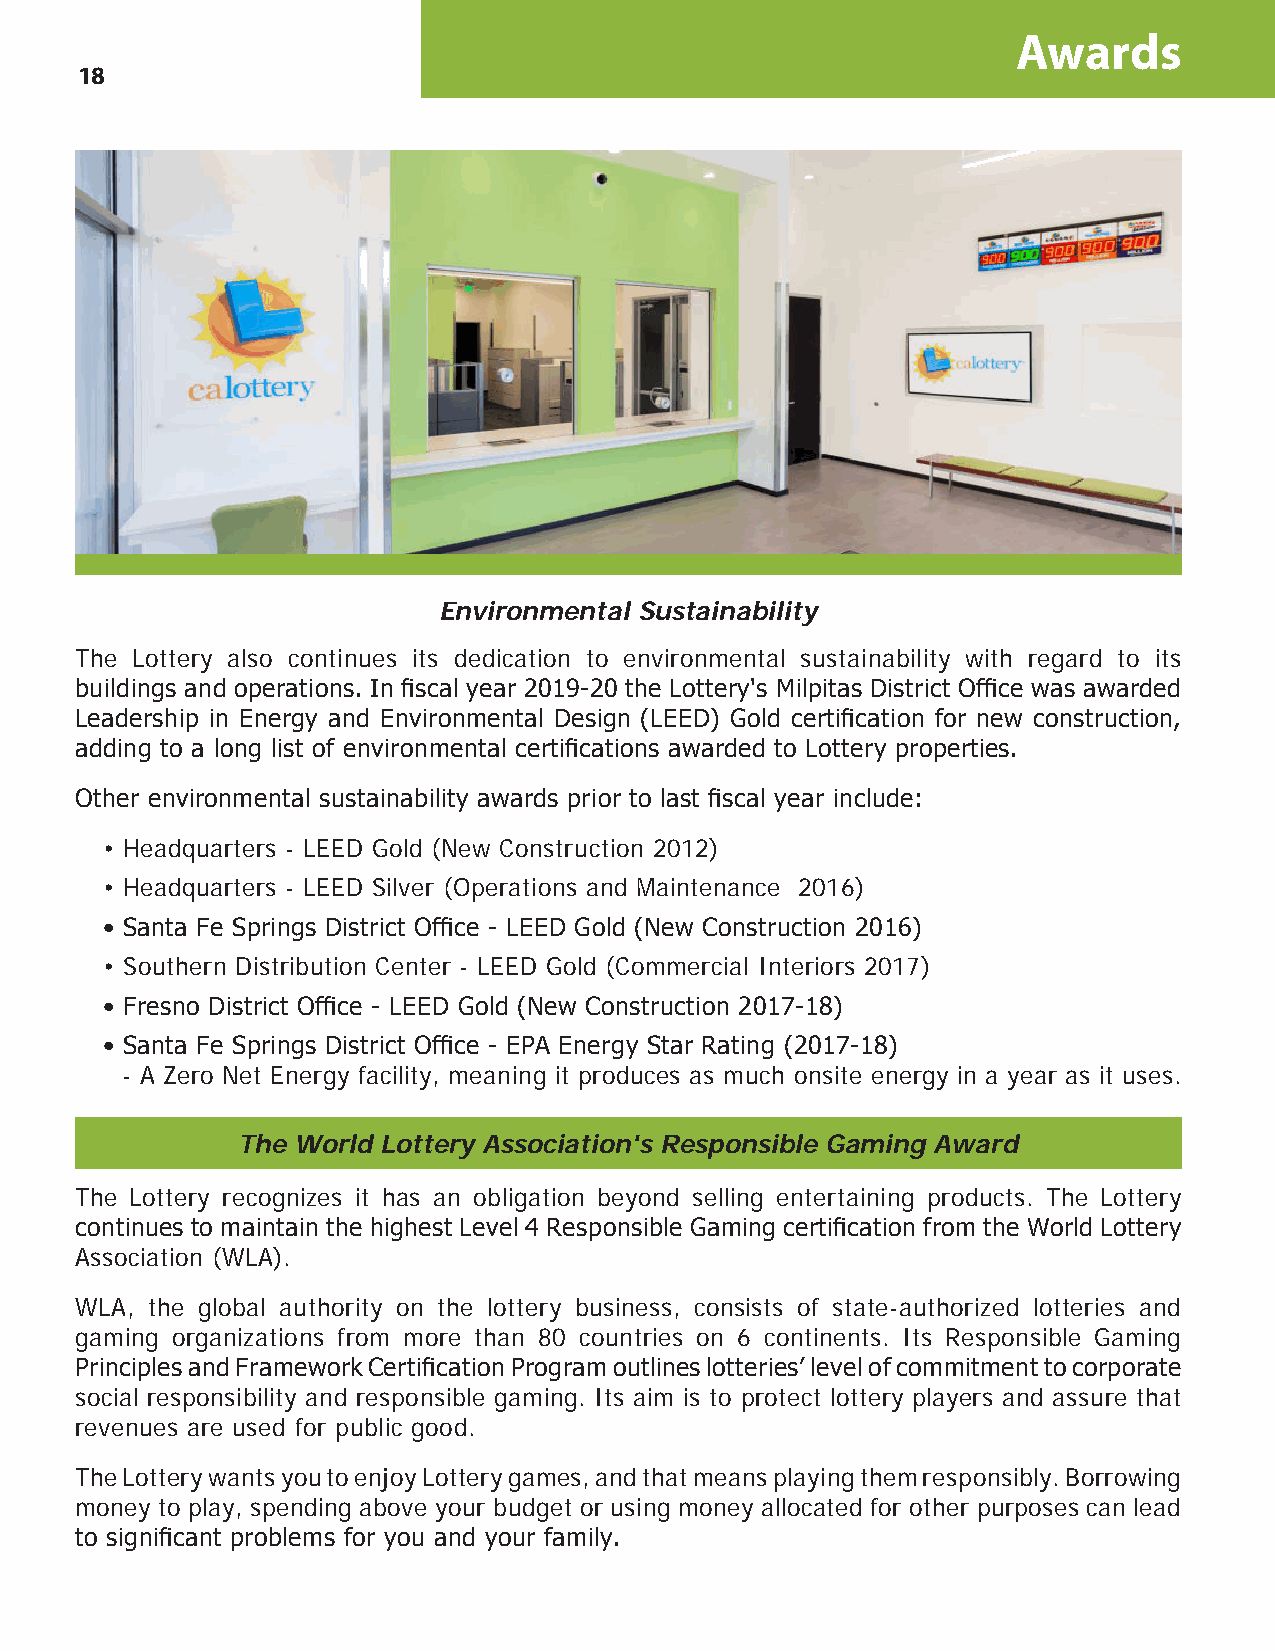
Awards
 18
 Environmental Sustainability
 The Lottery also continues its dedication to environmental sustainability with regard to its
 buildings and operations. In fiscal year 2019-20 the Lottery's Milpitas District Office was awarded
 Leadership in Energy and Environmental Design (LEED) Gold certification for new construction,
 adding to a long list of environmental certifications awarded to Lottery properties.
 Other environmental sustainability awards prior to last fiscal year include:
 • Headquarters - LEED Gold (New Construction 2012)
 • Headquarters - LEED Silver (Operations and Maintenance 2016)
 • Santa Fe Springs District Office - LEED Gold (New Construction 2016)
 • Southern Distribution Center - LEED Gold (Commercial Interiors 2017)
 • Fresno District Office - LEED Gold (New Construction 2017-18)
 • Santa Fe Springs District Office - EPA Energy Star Rating (2017-18)
 - A Zero Net Energy facility, meaning it produces as much onsite energy in a year as it uses.
 The World Lottery Association's Responsible Gaming Award
 The Lottery recognizes it has an obligation beyond selling entertaining products. The Lottery
 continues to maintain the highest Level 4 Responsible Gaming certification from the World Lottery
 Association (WLA).
 WLA, the global authority on the lottery business, consists of state-authorized lotteries and
 gaming organizations from more than 80 countries on 6 continents. Its Responsible Gaming
 Principles and Framework Certification Program outlines lotteries’ level of commitment to corporate
 social responsibility and responsible gaming. Its aim is to protect lottery players and assure that
 revenues are used for public good.
 The Lottery wants you to enjoy Lottery games, and that means playing them responsibly. Borrowing
 money to play, spending above your budget or using money allocated for other purposes can lead
 to significant problems for you and your family.